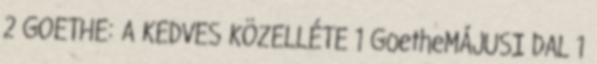
2 GOETHE: A KEDVES KÖZELLÉTE 1 GoetheMÁJUSI DAL 1